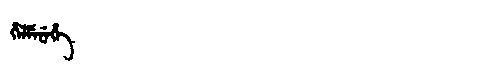
Manchu: ᡥᡝᠯᠮᡝᠨᡝᡥᡝ
Romanization: HELMENEHE